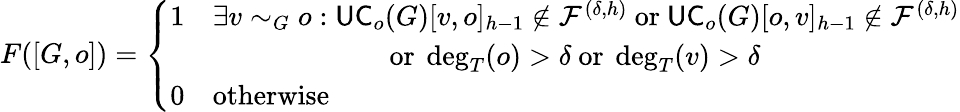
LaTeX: F([G,o])=\left\{ \begin{array}{ll}{1}&{\exists v\sim_{G}o:\mathsf{UC}_{o}(G)[v,o]_{h-1}\notin\mathcal{F}^{(\delta,h)}\mathrm{~or~}\mathsf{UC}_{o}(G)[o,v]_{h-1}\notin\mathcal{F}^{(\delta,h)}}\\ &{\qquad\qquad\qquad\mathrm{~or~}\deg_{T}(o)>\delta\mathrm{~or~}\deg_{T}(v)>\delta}\\ {0}&{\mathrm{otherwise}}\end{array}\right.